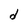
Character: d